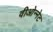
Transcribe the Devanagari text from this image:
वीओन्नेट